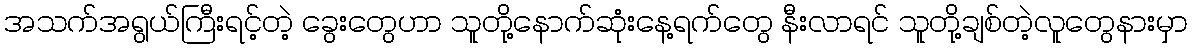
အသက်အရွယ်ကြီးရင့်တဲ့ ခွေးတွေဟာ သူတို့နောက်ဆုံးနေ့ရက်တွေ နီးလာရင် သူတို့ချစ်တဲ့လူတွေနားမှာ